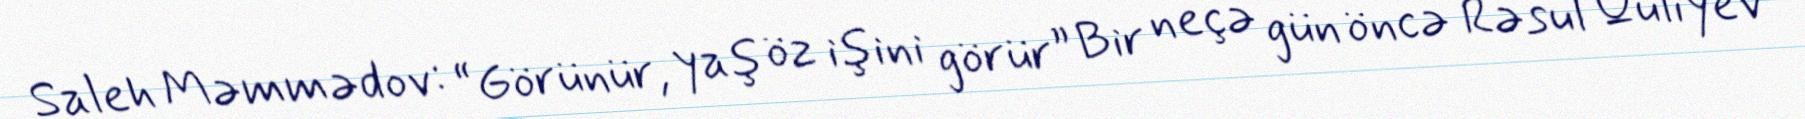
Saleh Məmmədov: “Görünür, yaş öz işini görür” Bir neçə gün öncə Rəsul Quliyev